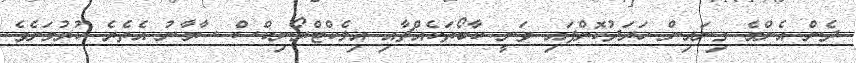
ދެން އެންމެ ގިނައިން ހަރަދުކޮށްފައި ވަނީ ކާބޯތަކެއްޗާއި އިލެކްޓްރޯނިކްސް ސާމާނު އެތެރެ ކުރުމަށެވެ.